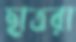
ছাত্ররা